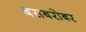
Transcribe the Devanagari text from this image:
बसबरोबर